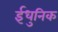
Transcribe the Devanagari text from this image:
ईधुनिक